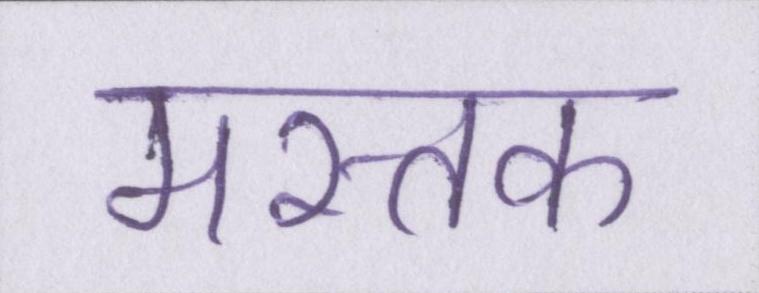
मस्तक